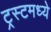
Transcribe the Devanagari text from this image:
ट्रस्टमध्ये